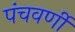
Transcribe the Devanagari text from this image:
पंचवर्णी